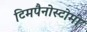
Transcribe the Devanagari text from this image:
टिमपैनोस्टोमी